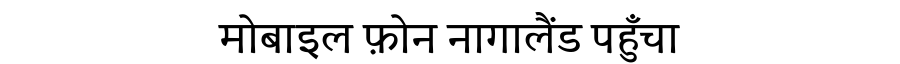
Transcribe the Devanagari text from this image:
मोबाइल फ़ोन नागालैंड पहुँचा